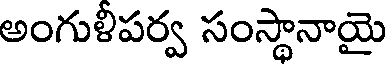
అంగుళీపర్వ సంస్థానాయై